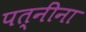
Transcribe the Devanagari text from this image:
पत्‍नींना